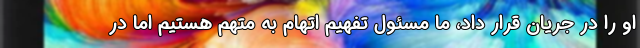
او را در جریان قرار داد، ما مسئول تفهیم اتهام به متهم هستیم اما در